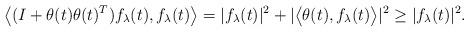
LaTeX: \begin{align*}\big<(I + \theta(t)\theta(t)^{T})f_{\lambda}(t), f_{\lambda}(t)\big> &= |f_{\lambda}(t)|^{2} + |\big< \theta(t), f_{\lambda}(t)\big>|^{2} \geq |f_{\lambda}(t)|^{2}. \end{align*}